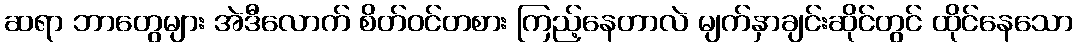
ဆရာ ဘာတွေများ အဲဒီလောက် စိတ်ဝင်တစား ကြည့်နေတာလဲ မျက်နှာချင်းဆိုင်တွင် ထိုင်နေသော